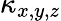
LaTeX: \kappa_{x,y,z}